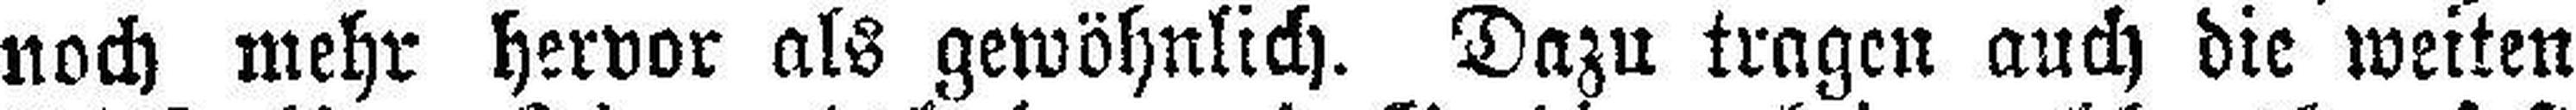
noch mehr hervor als gewöhnlich. Dazu tragen auch die weiten